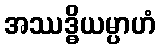
အဿဒ္ဓိယမ္ပာဟံ